Kaarli_hariduselts_Sade, lk 5
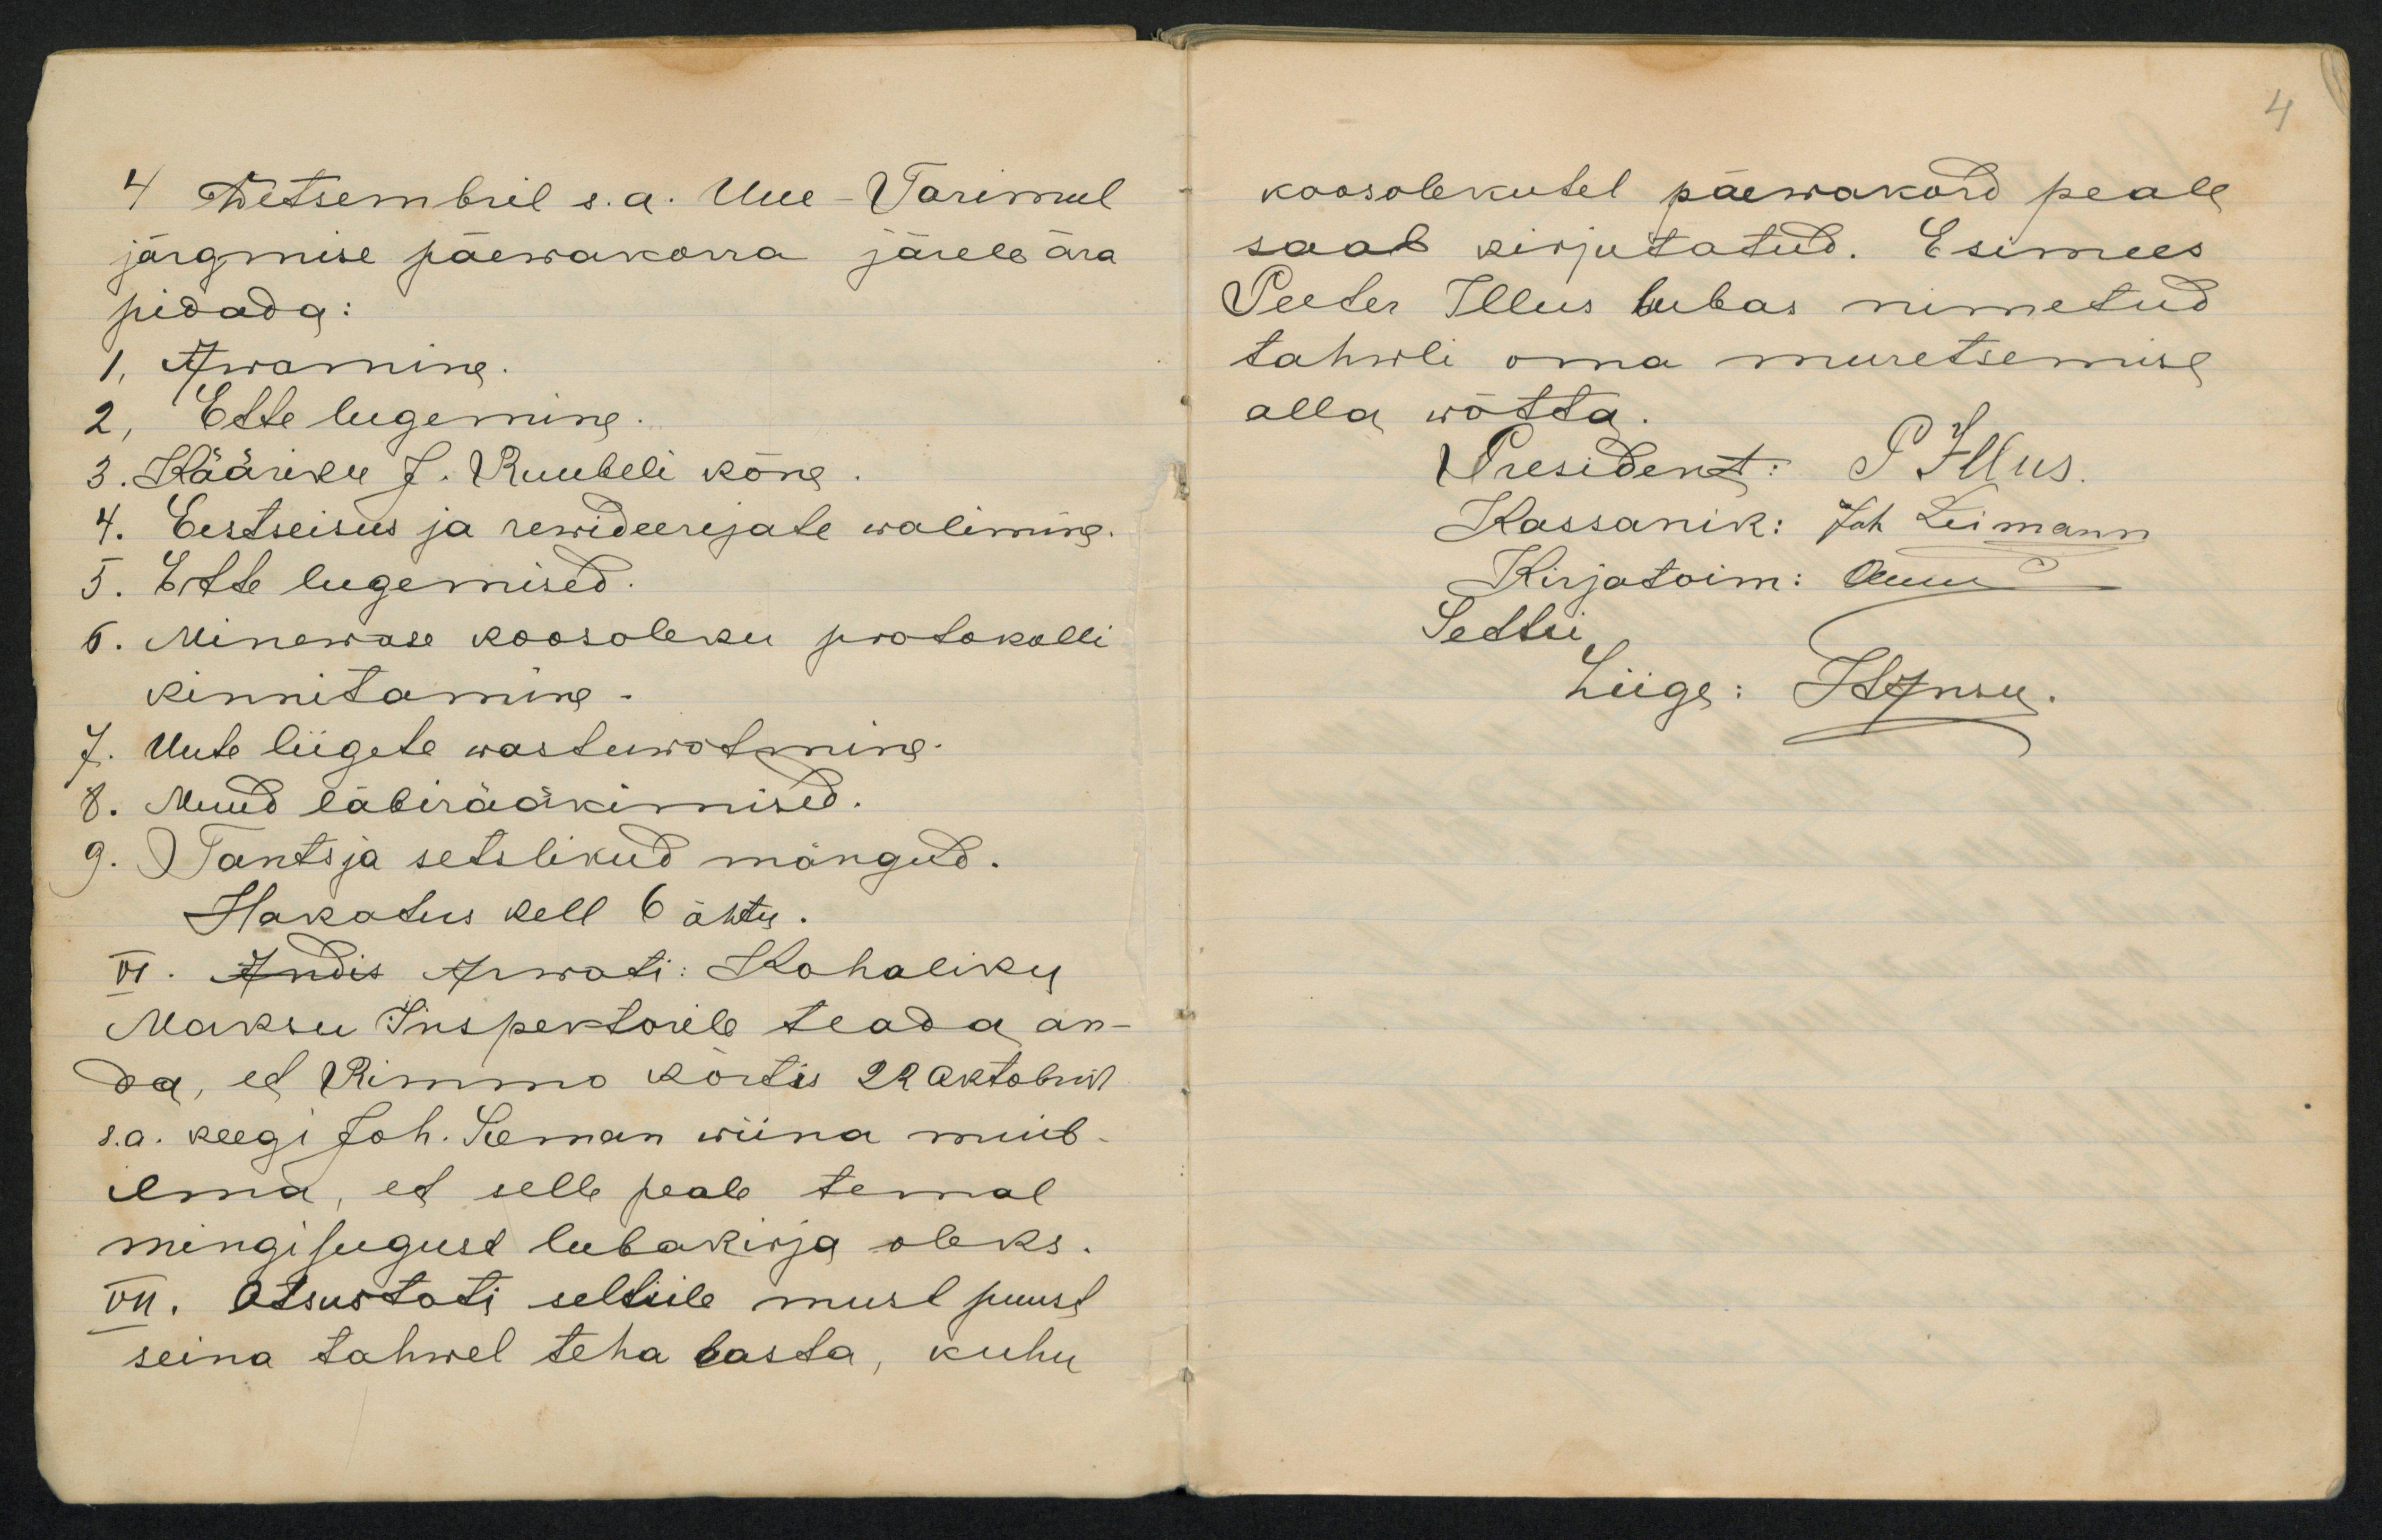
Wetsembril s.a. Uue Varimuljärgmmise paewakorra järele ärapidada:Awaming.Ette lugeming.3. Kääreke J. Ruubele kõng.4. Eestseisis ja rewideerejale walimin.5. Etle lugemised.6. Minewale koosoleku pootokollikennitaming.7. Uub liigele wastewotmine-8. Muud läberääkimised.Tantsja setslikud mängud.Hakatus kell 6 õhtu.õi. Andis Arwati: LahalikuMaksu Iuspektorele teada an-da, ee limmo kortis 22 aktobruts.a. keegi toh. Teeman wiina mib-ilna, et selle peale temalmingisueguse lubakirja oleks.on. Otsustati selleile musl puustseina Lahwel teha basta, kuhu

koosolekutel päewakord pealesaab kirjutatud. EsimeesPeeler Illus lubas nimetudtahwli oma muretsemuealla wõtta.